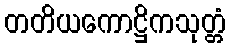
တတိယကောဋ္ဌိကသုတ္တံ